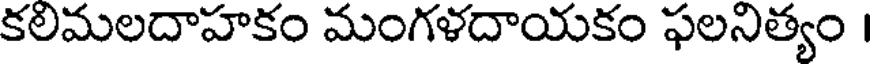
కలిమలదాహకం మంగళదాయకం ఫలనిత్యం